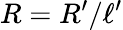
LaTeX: R=R^{\prime}/\ell^{\prime}